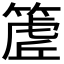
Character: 𮅽